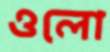
ওলো